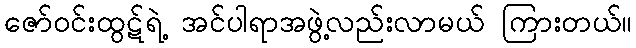
ဇော်ဝင်းထွဋ်ရဲ့ အင်ပါရာအဖွဲ့လည်းလာမယ် ကြားတယ်။